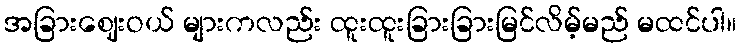
အခြားဈေးဝယ် များကလည်း ထူးထူးခြားခြားမြင်လိမ့်မည် မထင်ပါ။